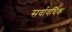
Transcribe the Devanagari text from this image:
सर्वावधिक